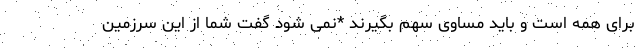
برای همه است و باید مساوی سهم بگیرند *نمی شود گفت شما از این سرزمین